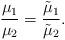
LaTeX: \begin{align*} \frac{\mu_1}{\mu_2}=\frac{\tilde\mu_1}{\tilde\mu_2}.\end{align*}